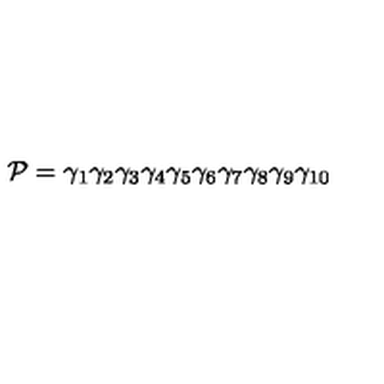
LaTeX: { \cal P } = { \gamma } _ { 1 } { \gamma } _ { 2 } { \gamma } _ { 3 } { \gamma } _ { 4 } { \gamma } _ { 5 } { \gamma } _ { 6 } { \gamma } _ { 7 } { \gamma } _ { 8 } { \gamma } _ { 9 } { \gamma } _ { 1 0 }